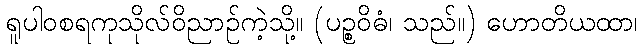
ရူပါဝစရကုသိုလ်ဝိညာဉ်ကဲ့သို့။ (ပဉ္စဝိဓံ၊ သည်။) ဟောတိယထာ၊